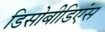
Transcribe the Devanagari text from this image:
डिसोबीडिएंस